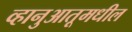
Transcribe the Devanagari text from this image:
व्हानुआतूमधील